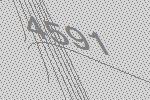
4591